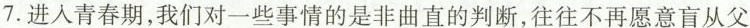
7.进入青春期，我们对一些事情的是非曲直的判断，往往不再愿意盲从父